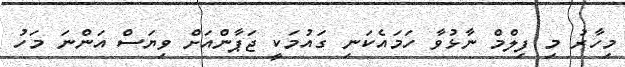
މިހާރު މި ފިލްމް ނާޅުވާ ހަމައެެކަނި ގައުމަކީ ޖަޕާންއަށް ވިޔަސް އަންނަ މަހު